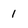
Character: 1